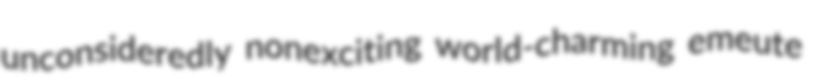
unconsideredly nonexciting world-charming emeute